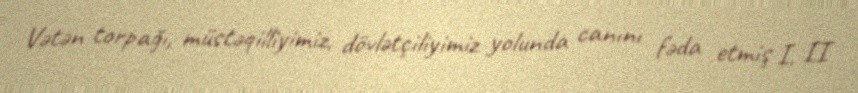
Vətən torpağı, müstəqilliyimiz, dövlətçiliyimiz yolunda canını fəda etmiş I, II